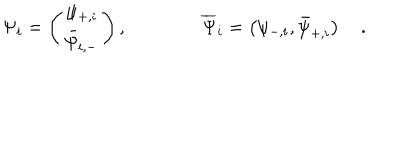
\Psi _ { i } = \left( \begin{matrix} { { \psi _ { + , i } } } \\ { { \bar { \psi } _ { i , - } } } \\ \end{matrix} \right) , \qquad \qquad \overline { { { \Psi } } } _ { i } = \left( \psi _ { - , i } , \bar { \psi } _ { + , i } \right) \quad .